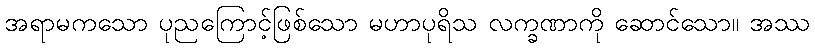
အရာမကသော ပုညကြောင့်ဖြစ်သော မဟာပုရိသ လက္ခဏာကို ဆောင်သော။ အဿ